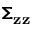
\pmb { \Sigma } _ { \mathbf { z } \mathbf { z } }